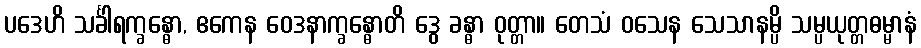
ပဒေဟိ သင်္ခါရက္ခန္ဓော, ဧကေန ဝေဒနာက္ခန္ဓောတိ ဒွေ ခန္ဓာ ဝုတ္တာ။ တေသံ ဝသေန သေသာနမ္ပိ သမ္ပယုတ္တဓမ္မာနံ